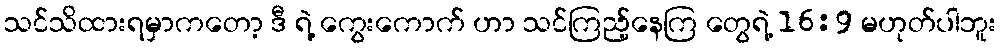
သင်သိထားရမှာကတော့ ဒီ ရဲ့ ကွေးကောက် ဟာ သင်ကြည့်နေကြ တွေရဲ့ 16:9 မဟုတ်ပါဘူး